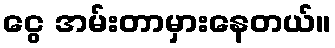
ငွေ အမ်းတာမှားနေတယ်။